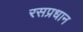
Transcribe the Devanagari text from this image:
रसप्रधान